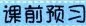
课前预习